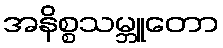
အနိစ္စသမ္ဘူတော